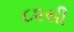
૮૨સી